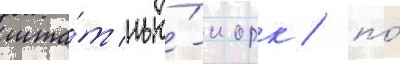
шта́т нью́-иорк / по́